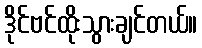
ဒိုင်ဗင်ထိုးသွားချင်တယ်။